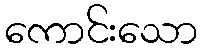
ကောင်းသော